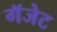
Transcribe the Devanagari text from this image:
गॅजेट